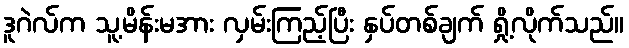
ဒူဂဲလ်က သူ့မိန်းမအား လှမ်းကြည့်ပြီး နှပ်တစ်ချက် ရှို့လိုက်သည်။